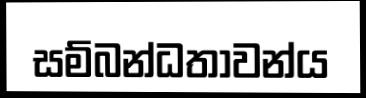
සම්බන්ධතාවන්ය